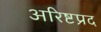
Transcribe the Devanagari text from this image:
अरिष्टप्रद